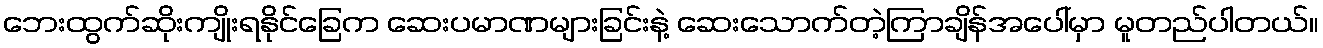
ဘေးထွက်ဆိုးကျိုးရနိုင်ခြေက ဆေးပမာဏများခြင်းနဲ့ ဆေးသောက်တဲ့ကြာချိန်အပေါ်မှာ မူတည်ပါတယ်။